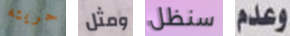
حريته ومثل سنظل وعدم